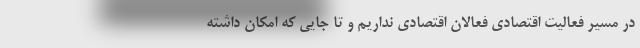
در مسیر فعالیت اقتصادی فعالان اقتصادی نداریم و تا جایی که امکان داشته